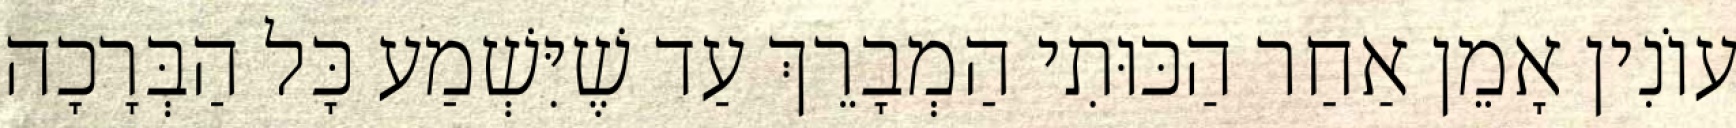
עוֹנִין אָמֵן אַחַר הַכּוּתִי הַמְבָרֵךְ עַד שֶׁיִּשְׁמַע כָּל הַבְּרָכָה